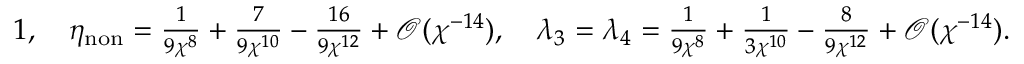
\textstyle 1 , \quad \eta _ { \mathrm { n o n } } = \frac { 1 } { 9 \chi ^ { 8 } } + \frac { 7 } { 9 \chi ^ { 1 0 } } - \frac { 1 6 } { 9 \chi ^ { 1 2 } } + \mathcal { O } ( \chi ^ { - 1 4 } ) , \quad \lambda _ { 3 } = \lambda _ { 4 } = \frac { 1 } { 9 \chi ^ { 8 } } + \frac { 1 } { 3 \chi ^ { 1 0 } } - \frac { 8 } { 9 \chi ^ { 1 2 } } + \mathcal { O } ( \chi ^ { - 1 4 } ) .